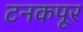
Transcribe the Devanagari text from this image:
टनकपूर